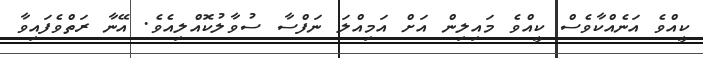
ކީއްވެ އަނެއްކާވެސް ކީއްވެ މައިލިން އަށް އަމިއްލަ ނަފްސާ ސުވާލުކޮއްލިއެވެ. އޭނާ ރަތްވެފައިވާ